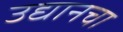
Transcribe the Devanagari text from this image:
उद्यानचा